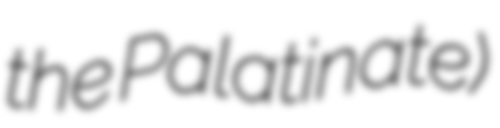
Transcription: the Palatinate)